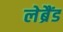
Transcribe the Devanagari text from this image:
लेब्रैंड